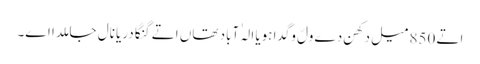
اتے 850 میل دکھن دے ولّ وگدا ہویا الہٰ آباد تھاں اتے گنگا دریا نال جا ملدا اے۔